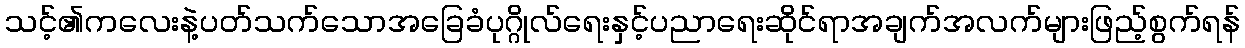
သင့်၏ကလေးနဲ့ပတ်သက်သောအခြေခံပုဂ္ဂိုလ်ရေးနှင့်ပညာရေးဆိုင်ရာအချက်အလက်များဖြည့်စွက်ရန်